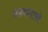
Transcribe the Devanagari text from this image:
जनमताचे